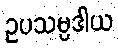
ဥပသမ္ပဒါယ